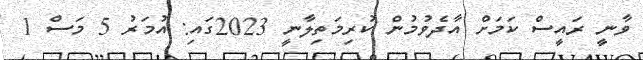
ވާނީ ރައީސް ކަމަށް އާދެވުމުން ކުރިމަތިލާނީ 2023ގައި: އުމަރު 5 މަސް 1